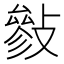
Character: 𢿈